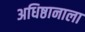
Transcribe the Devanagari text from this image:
अधिष्ठानाला